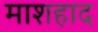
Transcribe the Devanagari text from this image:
माशहाद